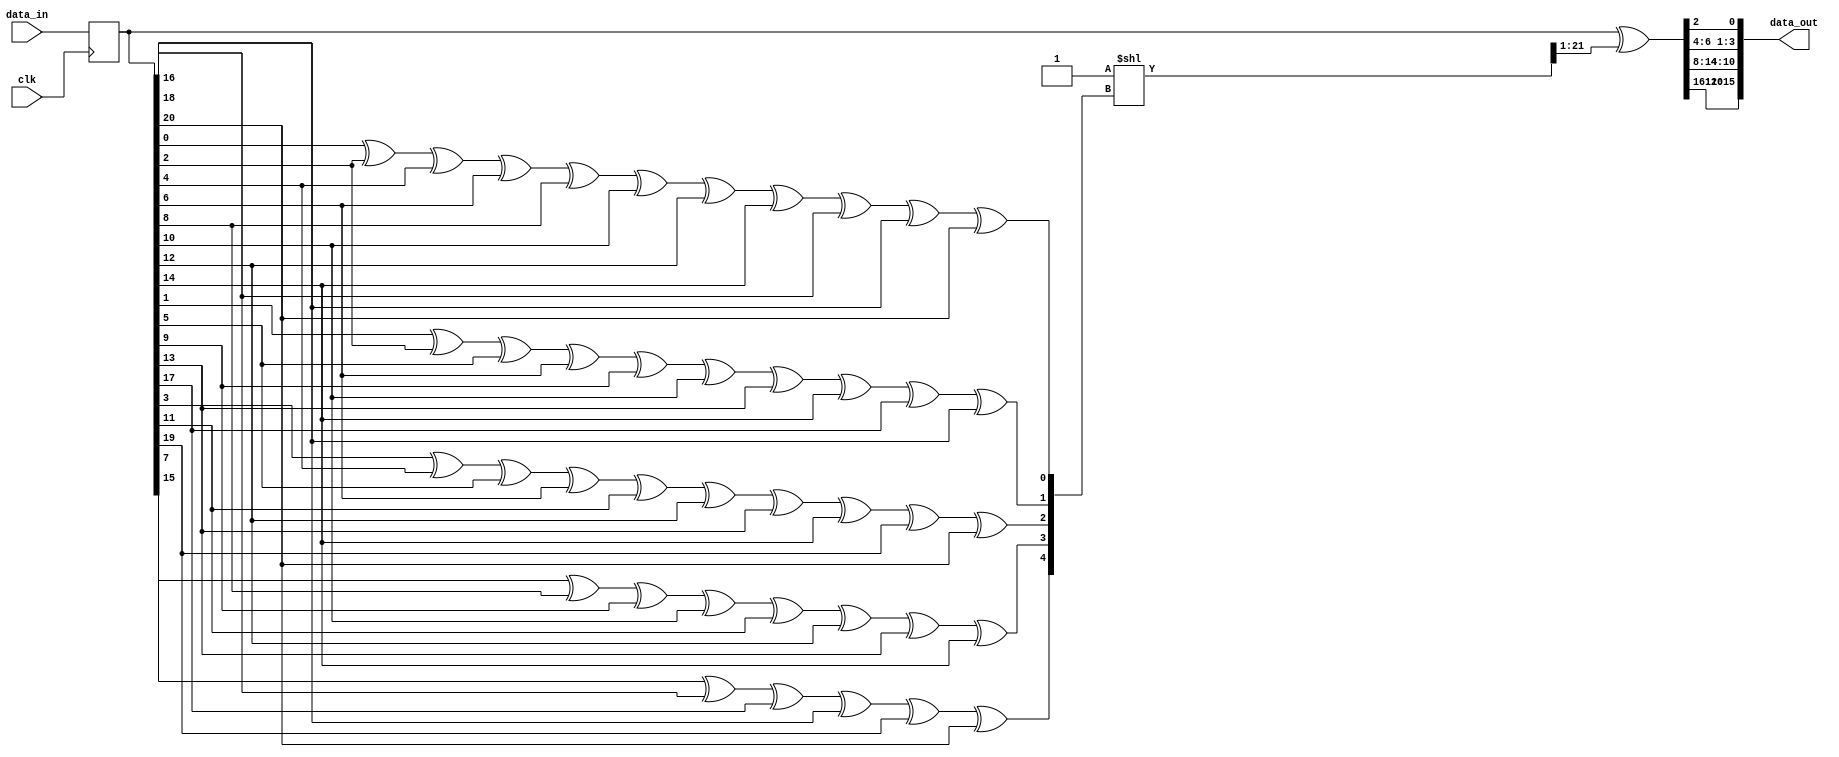
`timescale 1ns / 1ps
//////////////////////////////////////////////////////////////////////////////////
//   Student number: 99210067        
//////////////////////////////////////////////////////////////////////////////////

module Decoder(
	input wire [20:0] data_in,
	input wire clk,
	output reg [15:0] data_out
	);

	reg [20:0] data_in_reg;
	reg [20:0] tmp;
	reg [4:0] parity;
	reg [21:0] mask;
	
	// Sequential Logic
	always @(posedge clk)
	begin
		data_in_reg <= data_in;
	end
	
	
	// Combinational Logic
	always @(*)
	begin
	
		// Parity bits: ////////////////////////////////////////////////////////////////////////////////
		parity[0] = data_in_reg[0] ^ data_in_reg[2] ^ data_in_reg[4] ^ data_in_reg[6] ^ 
						data_in_reg[8] ^ data_in_reg[10] ^ data_in_reg[12] ^ data_in_reg[14] ^ 
						data_in_reg[16] ^ data_in_reg[18] ^ data_in_reg[20];
								
		parity[1] = data_in_reg[1] ^ data_in_reg[2] ^ data_in_reg[5] ^ data_in_reg[6] ^ 
						data_in_reg[9] ^ data_in_reg[10] ^ data_in_reg[13] ^ data_in_reg[14] ^ 
						data_in_reg[17] ^ data_in_reg[18];
								
		parity[2] = data_in_reg[3] ^ data_in_reg[4] ^ data_in_reg[5] ^	data_in_reg[6] ^ 
						data_in_reg[11] ^ data_in_reg[12] ^ data_in_reg[13] ^ data_in_reg[14] ^ 
						data_in_reg[19] ^ data_in_reg[20];
								
		parity[3] = data_in_reg[7] ^ data_in_reg[8] ^ data_in_reg[9] ^ data_in_reg[10] ^ 
						data_in_reg[11] ^ data_in_reg[12] ^ data_in_reg[13] ^ data_in_reg[14];
		
		parity[4] = data_in_reg[15] ^ data_in_reg[16] ^ data_in_reg[17] ^ data_in_reg[18] ^ 
						data_in_reg[19] ^ data_in_reg[20];
		////////////////////////////////////////////////////////////////////////////////////////////////
		
		mask = 22'b1 << parity;
	
		tmp = data_in_reg;
		tmp = tmp ^ mask[21:1];
		
		data_out[0] = tmp[2];

		data_out[1] = tmp[4];
		data_out[2] = tmp[5];
		data_out[3] = tmp[6];

		data_out[4] = tmp[8];
		data_out[5] = tmp[9];
		data_out[6] = tmp[10];
		data_out[7] = tmp[11];
		data_out[8] = tmp[12];
		data_out[9] = tmp[13];
		data_out[10] = tmp[14];

		data_out[11] = tmp[16];
		data_out[12] = tmp[17];
		data_out[13] = tmp[18];
		data_out[14] = tmp[19];
		data_out[15] = tmp[20];
		
	end

endmodule